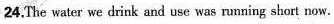
24.The water we drink and use was running short now.